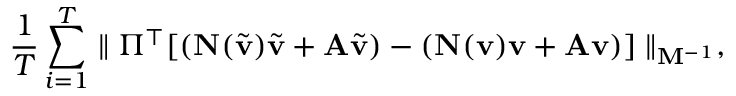
\frac { 1 } { T } \sum _ { i = 1 } ^ { T } \parallel \Pi ^ { \top } [ ( \ensuremath { \mathbf { N } } ( \tilde { \ensuremath { \mathbf { v } } } ) \tilde { \ensuremath { \mathbf { v } } } + \ensuremath { \mathbf { A } } \tilde { \ensuremath { \mathbf { v } } } ) - ( \ensuremath { \mathbf { N } } ( \ensuremath { \mathbf { v } } ) \ensuremath { \mathbf { v } } + \ensuremath { \mathbf { A } } \ensuremath { \mathbf { v } } ) ] \parallel _ { \ensuremath { \mathbf { M } } ^ { - 1 } } ,